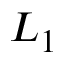
L _ { 1 }